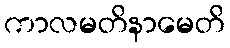
ကာလမတိနာမေတိ